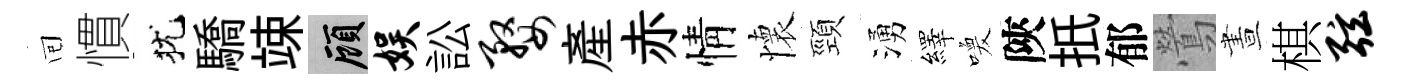
囘慣犹驕竦顧娱訟婺産赤情懷頸湧繹喚陝扺郁鶯晝棋弦